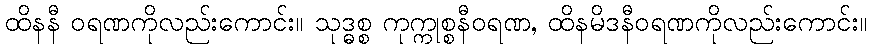
ထိနနီ ဝရဏကိုလည်းကောင်း။ သုဒ္ဓစ္စ ကုက္ကုစ္စနီဝရဏ, ထိနမိဒနီဝရဏကိုလည်းကောင်း။